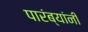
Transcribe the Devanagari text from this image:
पारंब्यांनी